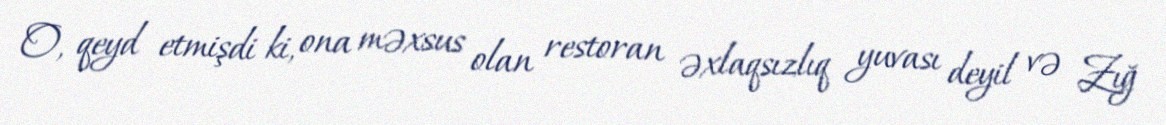
O, qeyd etmişdi ki, ona məxsus olan restoran əxlaqsızlıq yuvası deyil və Zığ